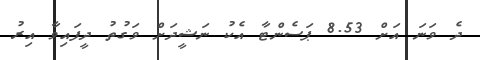
ދެ ވަނަ އަށް 8.53 ޕަސެންޓާ އެކު ނަޝީދަށް ވަގުތު ދީފައިވާ އިރު